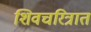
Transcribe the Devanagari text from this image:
शिवचरित्रात